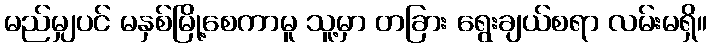
မည်မျှပင် မနှစ်မြို့စေကာမူ သူ့မှာ တခြား ရွေးချယ်စရာ လမ်းမရှိ။